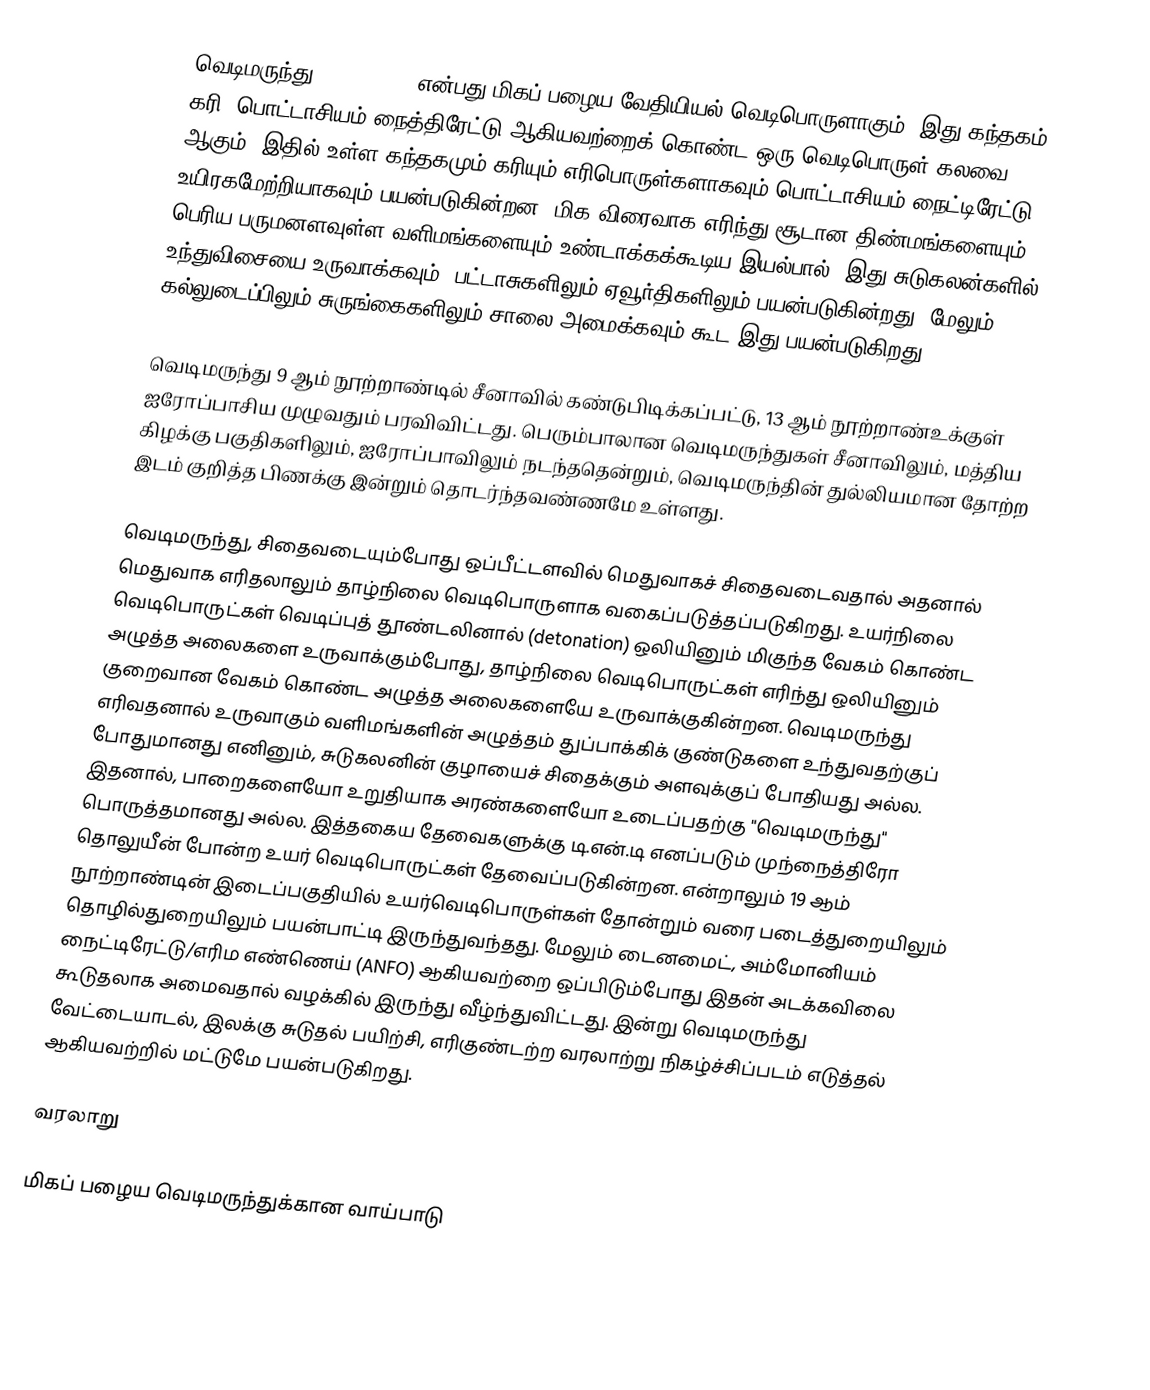
வெடிமருந்து (Gunpowder) என்பது மிகப் பழைய வேதியியல் வெடிபொருளாகும். இது கந்தகம், கரி, பொட்டாசியம் நைத்திரேட்டு ஆகியவற்றைக் கொண்ட ஒரு வெடிபொருள் கலவை ஆகும். இதில் உள்ள கந்தகமும் கரியும் எரிபொருள்களாகவும் பொட்டாசியம் நைட்டிரேட்டு உயிரகமேற்றியாகவும் பயன்படுகின்றன. மிக விரைவாக எரிந்து சூடான திண்மங்களையும் பெரிய பருமனளவுள்ள  வளிமங்களையும் உண்டாக்கக்கூடிய இயல்பால், இது சுடுகலன்களில் உந்துவிசையை உருவாக்கவும், பட்டாசுகளிலும் ஏவூர்திகளிலும் பயன்படுகின்றது.  மேலும் கல்லுடைப்பிலும் சுருங்கைகளிலும் சாலை அமைக்கவும் கூட இது பயன்படுகிறது.

வெடிமருந்து 9 ஆம் நூற்றாண்டில் சீனாவில் கண்டுபிடிக்கப்பட்டு, 13 ஆம் நூற்றாண்உக்குள் ஐரோப்பாசிய முழுவதும் பரவிவிட்டது. பெரும்பாலான வெடிமருந்துகள் சீனாவிலும், மத்திய கிழக்கு பகுதிகளிலும், ஐரோப்பாவிலும் நடந்ததென்றும், வெடிமருந்தின் துல்லியமான தோற்ற இடம் குறித்த பிணக்கு இன்றும் தொடர்ந்தவண்ணமே உள்ளது.

வெடிமருந்து, சிதைவடையும்போது ஒப்பீட்டளவில் மெதுவாகச் சிதைவடைவதால் அதனால் மெதுவாக எரிதலாலும் தாழ்நிலை வெடிபொருளாக வகைப்படுத்தப்படுகிறது. உயர்நிலை வெடிபொருட்கள் வெடிப்புத் தூண்டலினால் (detonation) ஒலியினும் மிகுந்த வேகம் கொண்ட அழுத்த அலைகளை உருவாக்கும்போது,  தாழ்நிலை வெடிபொருட்கள் எரிந்து ஒலியினும் குறைவான வேகம் கொண்ட அழுத்த அலைகளையே உருவாக்குகின்றன. வெடிமருந்து எரிவதனால் உருவாகும் வளிமங்களின் அழுத்தம் துப்பாக்கிக் குண்டுகளை உந்துவதற்குப் போதுமானது எனினும், சுடுகலனின் குழாயைச் சிதைக்கும் அளவுக்குப் போதியது அல்ல. இதனால், பாறைகளையோ உறுதியாக அரண்களையோ உடைப்பதற்கு "வெடிமருந்து" பொருத்தமானது அல்ல. இத்தகைய தேவைகளுக்கு டி.என்.டி எனப்படும் முந்நைத்திரோ தொலுயீன் போன்ற உயர் வெடிபொருட்கள் தேவைப்படுகின்றன. என்றாலும் 19 ஆம் நூற்றாண்டின் இடைப்பகுதியில் உயர்வெடிபொருள்கள் தோன்றும் வரை படைத்துறையிலும் தொழில்துறையிலும் பயன்பாட்டி இருந்துவந்தது. மேலும் டைனமைட், அம்மோனியம் நைட்டிரேட்டு/எரிம எண்ணெய் (ANFO) ஆகியவற்றை ஒப்பிடும்போது இதன் அடக்கவிலை கூடுதலாக அமைவதால் வழக்கில் இருந்து வீழ்ந்துவிட்டது. இன்று வெடிமருந்து வேட்டையாடல், இலக்கு சுடுதல் பயிற்சி, எரிகுண்டற்ற வரலாற்று நிகழ்ச்சிப்படம் எடுத்தல் ஆகியவற்றில் மட்டுமே பயன்படுகிறது.

வரலாறு

மிகப் பழைய வெடிமருந்துக்கான வாய்பாடு